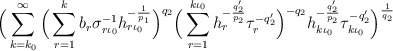
\begin{align*}\Big(\sum_{k=k_0}^\infty \Big(\sum_{r=1}^k b_r \sigma_{r \iota_0}^{-1} h_{r\iota_0}^{-\frac{1}{p_1}}\Big)^{q_2} \Big(\sum_{r=1}^{k\iota_0} h_r^{-\frac{q_2'}{p_2}} \tau_r^{-q_2'}\Big)^{-q_2} h_{k\iota_0}^{-\frac{q_2'}{p_2}} \tau_{k\iota_0 }^{-q_2'} \Big)^{\frac{1}{q_2}}\end{align*}